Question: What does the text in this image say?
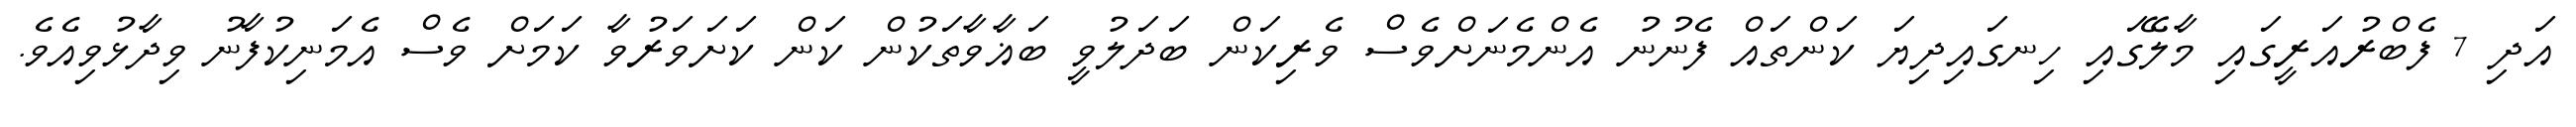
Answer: އަދި 7 ފެބްރުއަރީގައި މާލޭގައި ހިނގައިދިޔަ ކަންތައް ފެނުނު އެންމެނަށްވެސް ވެރިކަން ބަދަލުވީ ބަޣާވާތަކުން ކަން ކަށަވަރުވާ ކަމަށް ވެސް އެމަނިކުފާނު ވިދާޅުވިއެވެ.